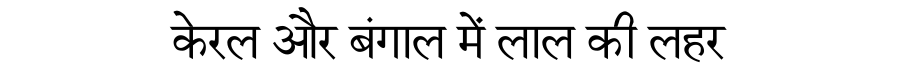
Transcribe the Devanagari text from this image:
केरल और बंगाल में लाल की लहर